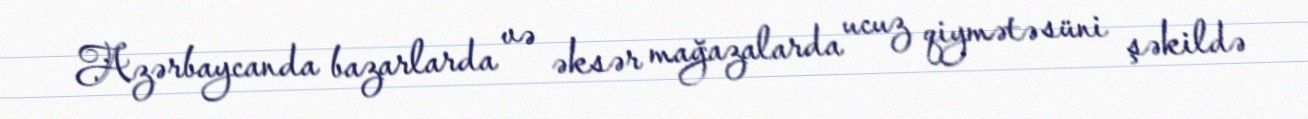
Azərbaycanda bazarlarda və əksər mağazalarda ucuz qiymətə süni şəkildə